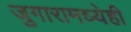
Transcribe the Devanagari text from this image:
जुगारामध्येही